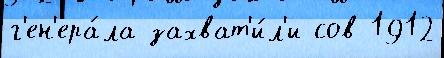
г'ен'ера́ла захват'и́л'и сов 1912